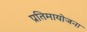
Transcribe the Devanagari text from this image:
प्रतिमायोजना